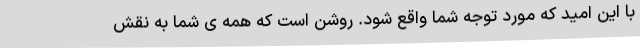
با این امید که مورد توجه شما واقع شود. روشن است که همه ی شما به نقش